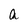
Character: a